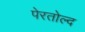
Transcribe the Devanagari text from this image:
पेरतोल्द